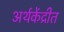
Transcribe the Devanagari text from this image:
अर्थकेंद्रीत